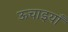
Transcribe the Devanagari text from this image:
ऊचाइयाँ